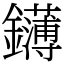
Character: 鑮